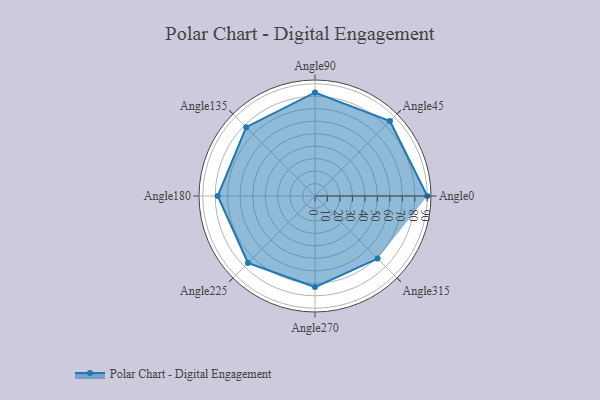
{"axis": {"x": "Angle", "y": "Radius"}, "legend": [""], "data": [{"x": "Angle0", "y": 90.0, "type": ""}, {"x": "Angle45", "y": 85.0, "type": ""}, {"x": "Angle90", "y": 83.0, "type": ""}, {"x": "Angle135", "y": 78.0, "type": ""}, {"x": "Angle180", "y": 78.0, "type": ""}, {"x": "Angle225", "y": 76.0, "type": ""}, {"x": "Angle270", "y": 73.0, "type": ""}, {"x": "Angle315", "y": 71.0, "type": ""}]}